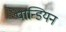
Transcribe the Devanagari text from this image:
पान्डियन